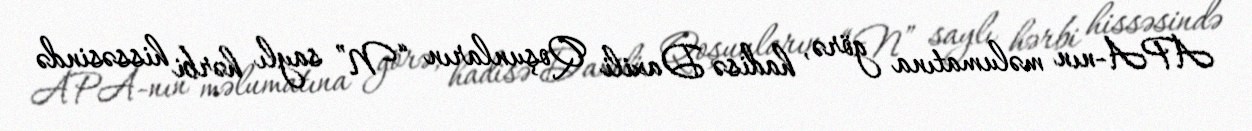
APA-nın məlumatına görə, hadisə Daxili Qoşunların “N” saylı hərbi hissəsində